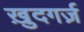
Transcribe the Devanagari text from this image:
ख़ुदगर्ज़